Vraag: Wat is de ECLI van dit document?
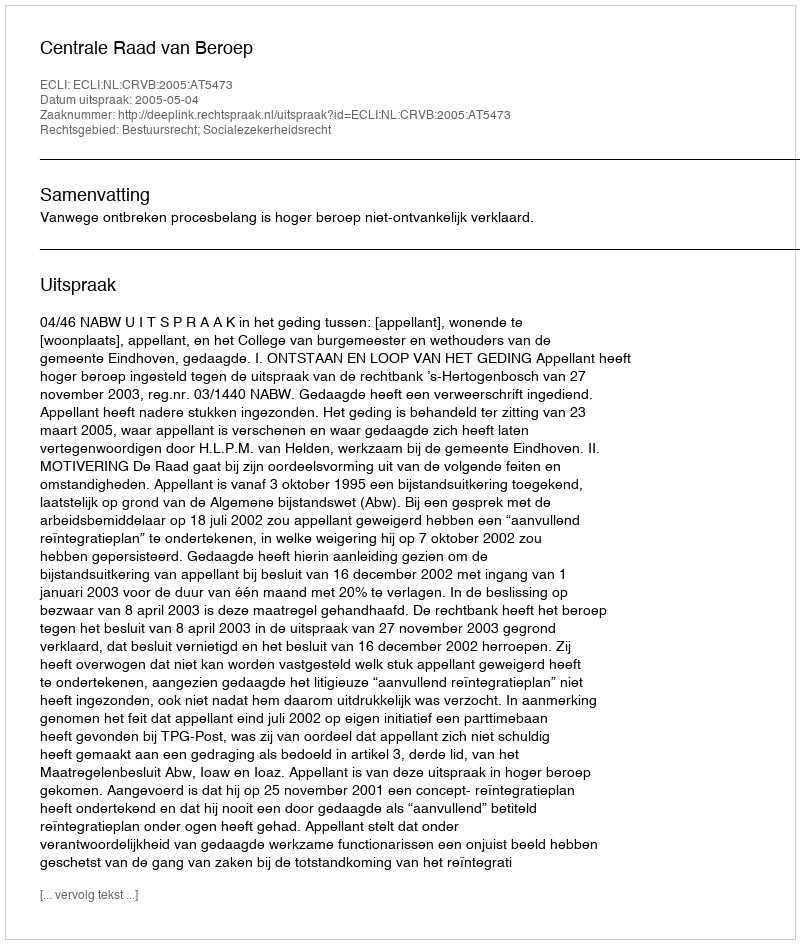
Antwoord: ECLI:NL:CRVB:2005:AT5473